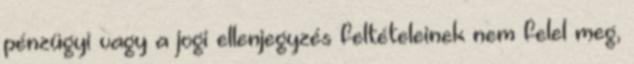
pénzügyi vagy a jogi ellenjegyzés feltételeinek nem felel meg,